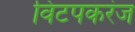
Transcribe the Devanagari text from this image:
विटपकरंज